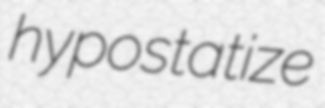
hypostatize